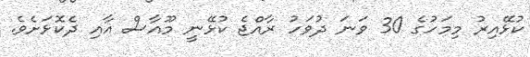
ކުޅޭއިރު މިމަހުގެ 30 ވަނަ ދުވަހު ރާއްޖެ ކުޅޭނީ މޫއާސް އާއި ދެކޮޅަށެވެ.